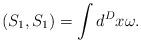
LaTeX: \begin{align*}\left( S_1,S_1\right) =\int d^Dx\omega .\end{align*}